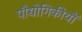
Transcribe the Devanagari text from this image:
पौद्योगिकीयों